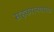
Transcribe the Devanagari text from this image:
सहकारनगरच्या